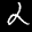
Label: 2